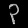
Digit: ၃